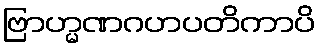
ဗြာဟ္မဏဂဟပတိကာပိ